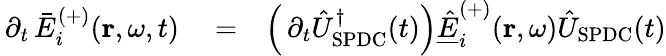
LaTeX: \begin{array}{rlr}{\, \partial_{t}\, \bar{E}_{i}^{(+)}(\mathbf{r},\omega,t)}&{{}=}&{\left(\, \partial_{t}\hat{U}_{\mathrm{SPDC}}^{\dagger}(t)\right)\underline{{\hat{E}}}_{i}^{(+)}(\mathbf{r},\omega)\hat{U}_{\mathrm{SPDC}}(t)}\end{array}